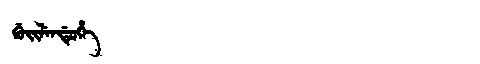
Manchu: ᡤᡠᡳᠯᡝᠨᡩᡠᡥᡝ
Romanization: GUILENDUHE